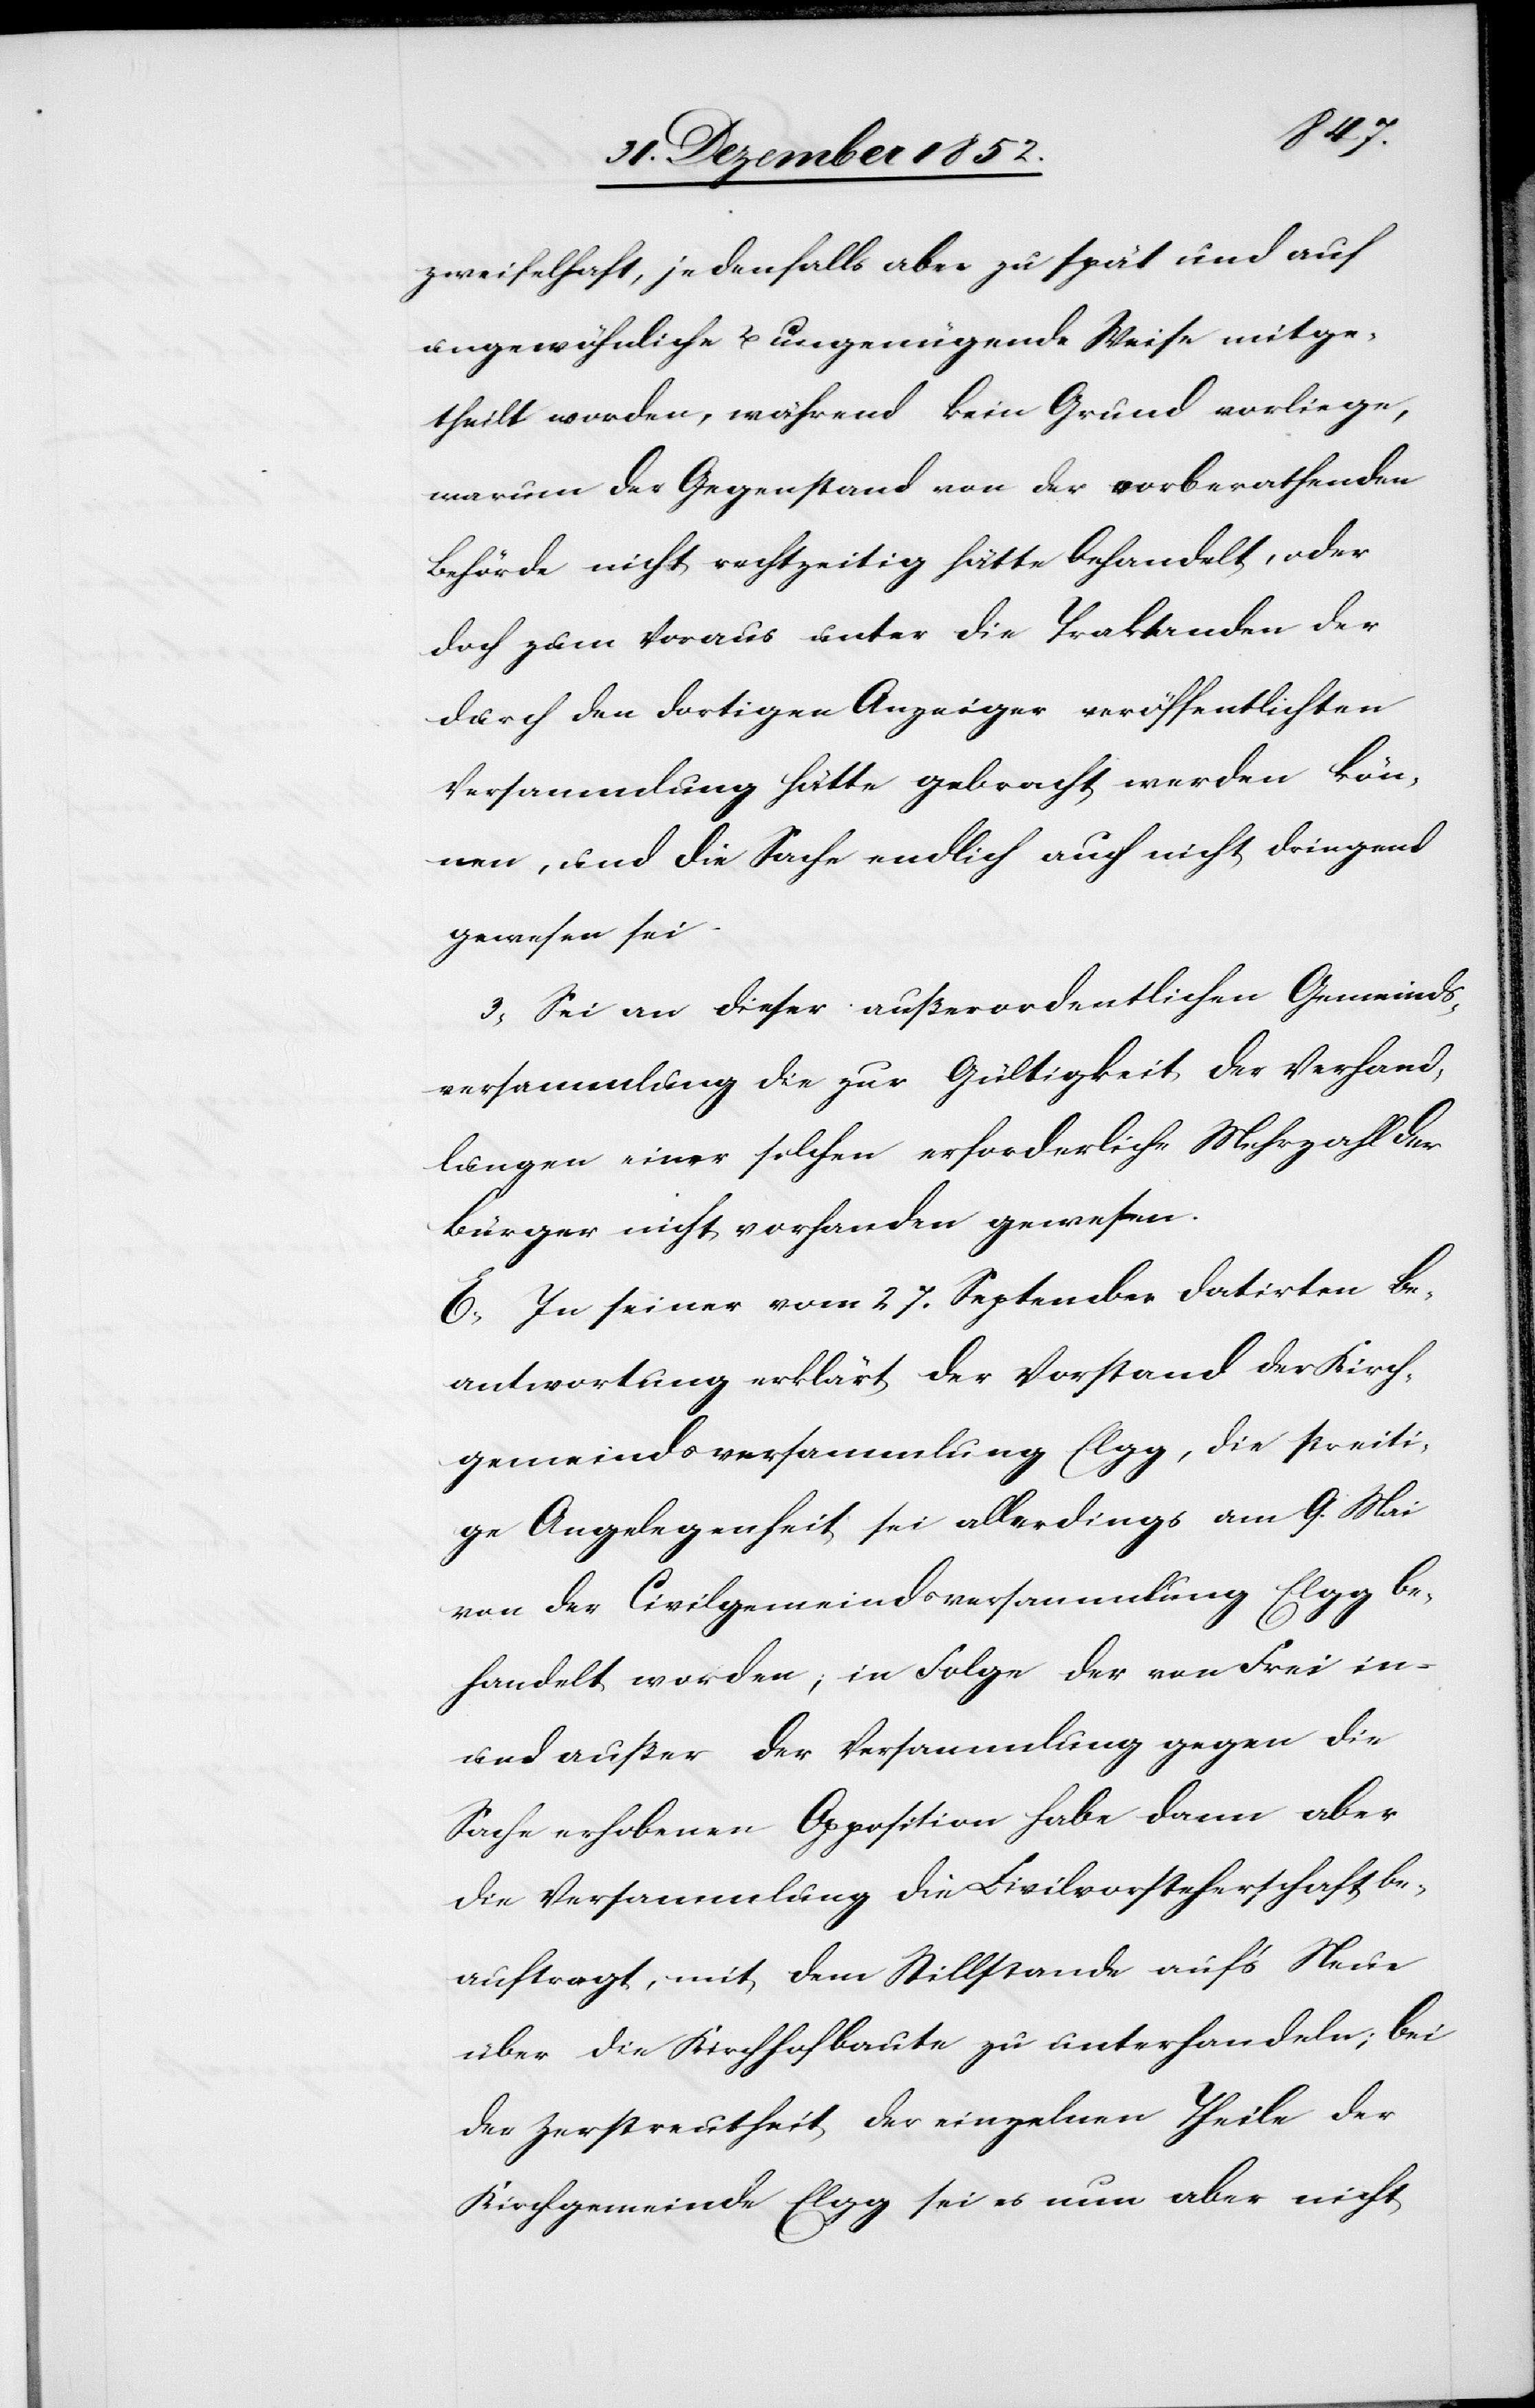
zweifelhaft, jedenfalls aber zu spät und auf
ungewöhnliche u. ungenügende Weise mitge¬
theilt worden, während kein Grund vorliege,
warum der Gegenstand von der, vorberathenden
Behörde nicht rechtzeitig hätte behandelt, oder
doch zum Voraus unter die Traktanden der
durch den dortigen Anzeiger veröffentlichten
Versammlung hätte gebracht werden kön¬
nen, und die Sache endlich auch nicht dringend
gewesen sei
3, Sei an dieser außerordentlichen Gemeinds¬
versammlung die zur Gültigkeit der Verhand¬
lungen einer solchen erforderliche Mehrzahl der
Bürger nicht vorhanden gewesen.
E, In seiner vom 27. September datirten Be¬
antwortung erklärt der Vorstand der Kirch¬
gemeindsversammlung Elgg, die streiti¬
ge Angelegenheit sei allerdings am 9. Mai
von der Civilgemeindsversammlung Elgg be¬
handelt worden; in Folge der von Frei in-
und außer der Versammlung gegen die
Sache erhobenen Opposition habe dann aber
die Versammlung die Civilvorsteherschaft be¬
auftragt, mit dem Stillstande auf’s Neue
über die Kirchhofbaute zu unterhandeln; bei
der Zerstreutheit der einzelnen Theile der
Kirchgemeinde Elgg sei es nun aber nicht